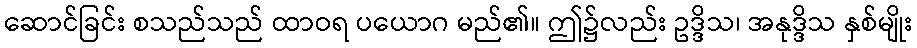
ဆောင်ခြင်း စသည်သည် ထာဝရ ပယောဂ မည်၏။ ဤ၌လည်း ဥဒ္ဒိသ၊ အနုဒ္ဒိသ နှစ်မျိုး